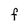
Character: F